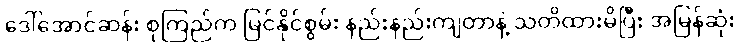
ဒေါ်အောင်ဆန်း စုကြည်က မြင်နိုင်စွမ်း နည်းနည်းကျတာနဲ့ သတိထားမိပြီး အမြန်ဆုံး